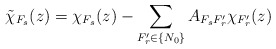
\begin{align*}\tilde\chi_{F_s}(z)=\chi_{F_s}(z)-\sum_{F_r'\in\{N_0\}}A_{F_sF_r'} \chi_{F_r'}(z)\end{align*}